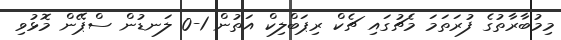
މިމުބާރާތުގެ ފުރަތަމަ މެޗުގައި ޗެކް ރިޕަބްލިކް އަތުން 1-0 ލަނޑުން ސްޕޭން މޮޅުވި